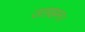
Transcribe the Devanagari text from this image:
उलझन।